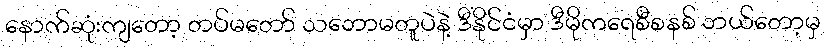
နောက်ဆုံးကျတော့ တပ်မတော် သဘောမတူပဲနဲ့ ဒီနိုင်ငံမှာ ဒီမိုကရေစီစနစ် ဘယ်တော့မှ